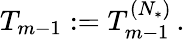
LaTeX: T_{m-1}:=T_{m-1}^{(N_{*})}\, .